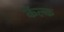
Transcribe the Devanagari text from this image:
कॅल्क